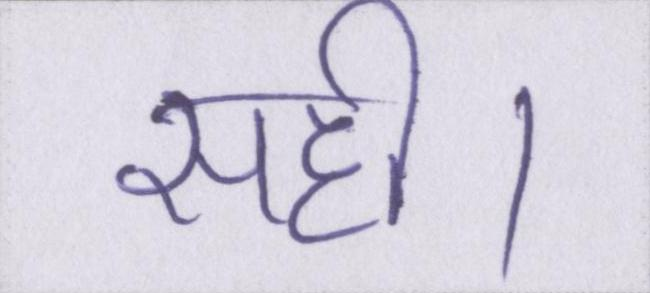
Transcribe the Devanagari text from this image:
सही।